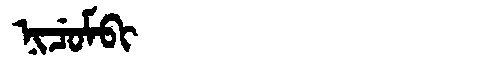
Manchu: ᠨᡳᠴᡠᠮᠪᡳ
Romanization: NICUMBI